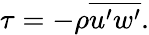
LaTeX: \tau=-\rho\overline{{u^{\prime}w^{\prime}}}.